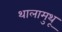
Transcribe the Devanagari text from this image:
थालामुथू